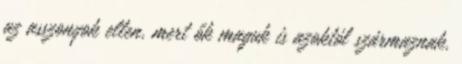
az asszonyok ellen, mert ők maguk is azoktól származnak.